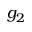
g _ { 2 }